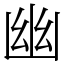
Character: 幽